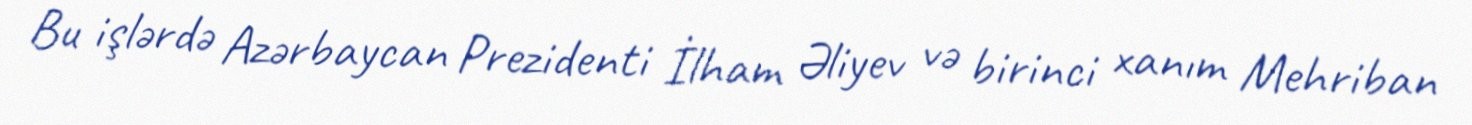
Bu işlərdə Azərbaycan Prezidenti İlham Əliyev və birinci xanım Mehriban